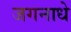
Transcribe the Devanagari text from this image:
जगनाधे